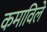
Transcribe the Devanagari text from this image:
कमाविले